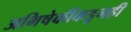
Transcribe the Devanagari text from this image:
अभिषेकींकडूनही